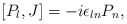
\begin{align*}[P_l,J] = -i\epsilon_{ln}P_n,\end{align*}